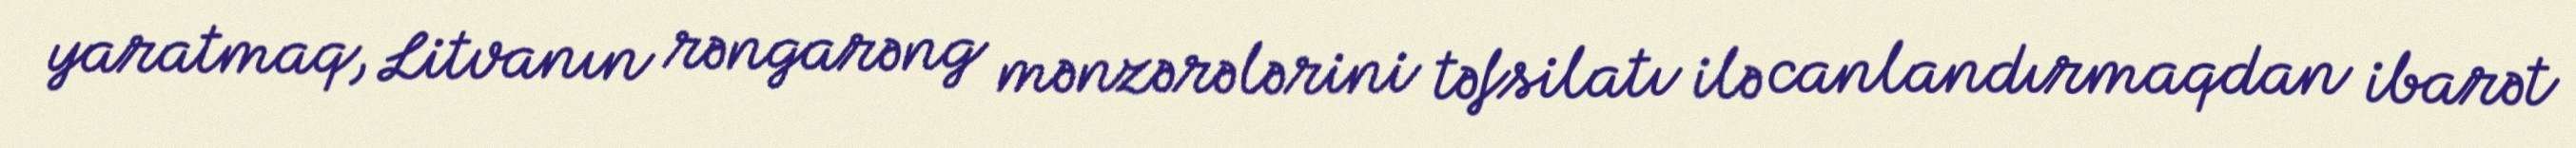
yaratmaq, Litvanın rəngarəng mənzərələrini təfsilatı ilə canlandırmaqdan ibarət